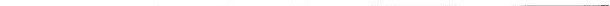
___